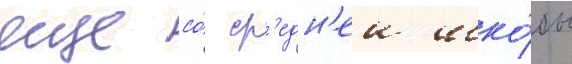
еще со́ ср'едн'еи шко́лы